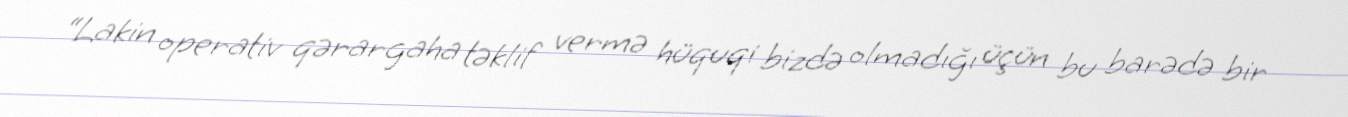
“Lakin operativ qərargaha təklif vermə hüquqi bizdə olmadığı üçün bu barədə bir